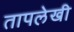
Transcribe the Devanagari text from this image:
तापलेखी